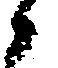
候